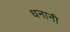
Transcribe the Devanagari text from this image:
धनानी